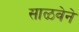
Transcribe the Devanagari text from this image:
साळवेने